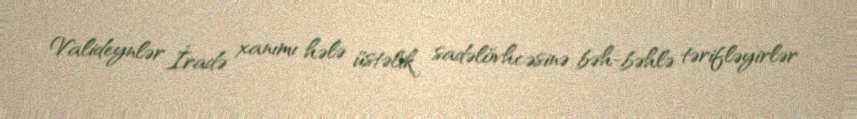
Valideynlər İradə xanımı hələ üstəlik sadəlövhcəsinə bəh-bəhlə tərifləyirlər